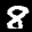
Label: 8